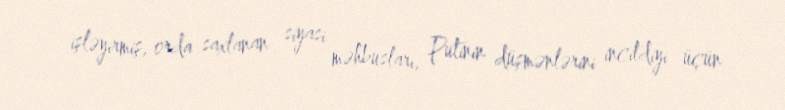
işləyirmiş, orda saxlanan siyasi məhbusları, Putinin düşmənlərini incitdiyi üçün